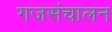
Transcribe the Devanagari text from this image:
गजसंचालन